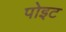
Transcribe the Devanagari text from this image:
पोइट